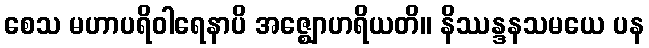
စေသ မဟာပရိဝါရေနာပိ အဇ္ဈောဟရိယတိ။ နိဿန္ဒနသမယေ ပန